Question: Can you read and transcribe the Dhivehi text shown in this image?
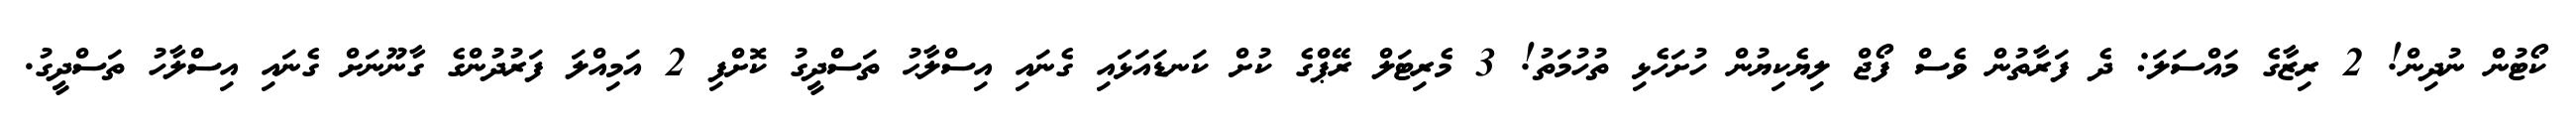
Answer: ކޯޓުން ނުދިން! 2 ރިޒާގެ މައްސަލަ: ދެ ފަރާތުން ވެސް ފޯޖް ލިޔެކިޔުން ހުށަހެޅި ތުހުމަތު! 3 މެރިޓަލް ރޭޕްގެ ކުށް ކަނޑައަޅައި ގެނައި އިސްލާޙު ތަސްދީގު ކޮށްފި 2 އަމިއްލަ ފަރުދުންގެ ގާނޫނަށް ގެނައި އިސްލާހު ތަސްދީގު.